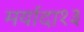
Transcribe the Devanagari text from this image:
मर्यादा१३